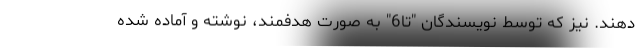
دهند. نیز که توسط نویسندگان "تا6" به صورت هدفمند، نوشته و آماده شده